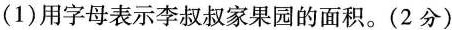
(1) 用字母表示李叔叔家果园的面积。(2分)